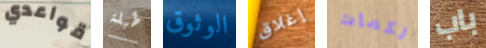
قواعدي طبلة الوثوق إغلاق لكمات باب